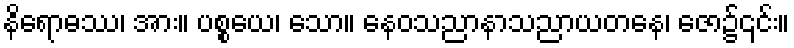
နိရောဓဿ၊ အား။ ပစ္စယေ၊ သော။ နေဝသညာနာသညာယတနေ၊ ဇော၌၎င်း။